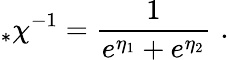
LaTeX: _*\chi^{-1}=\frac{1}{e^{\eta_{1}}+e^{\eta_{2}}}\, \, .